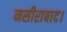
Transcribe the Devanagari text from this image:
नसीराबाद।